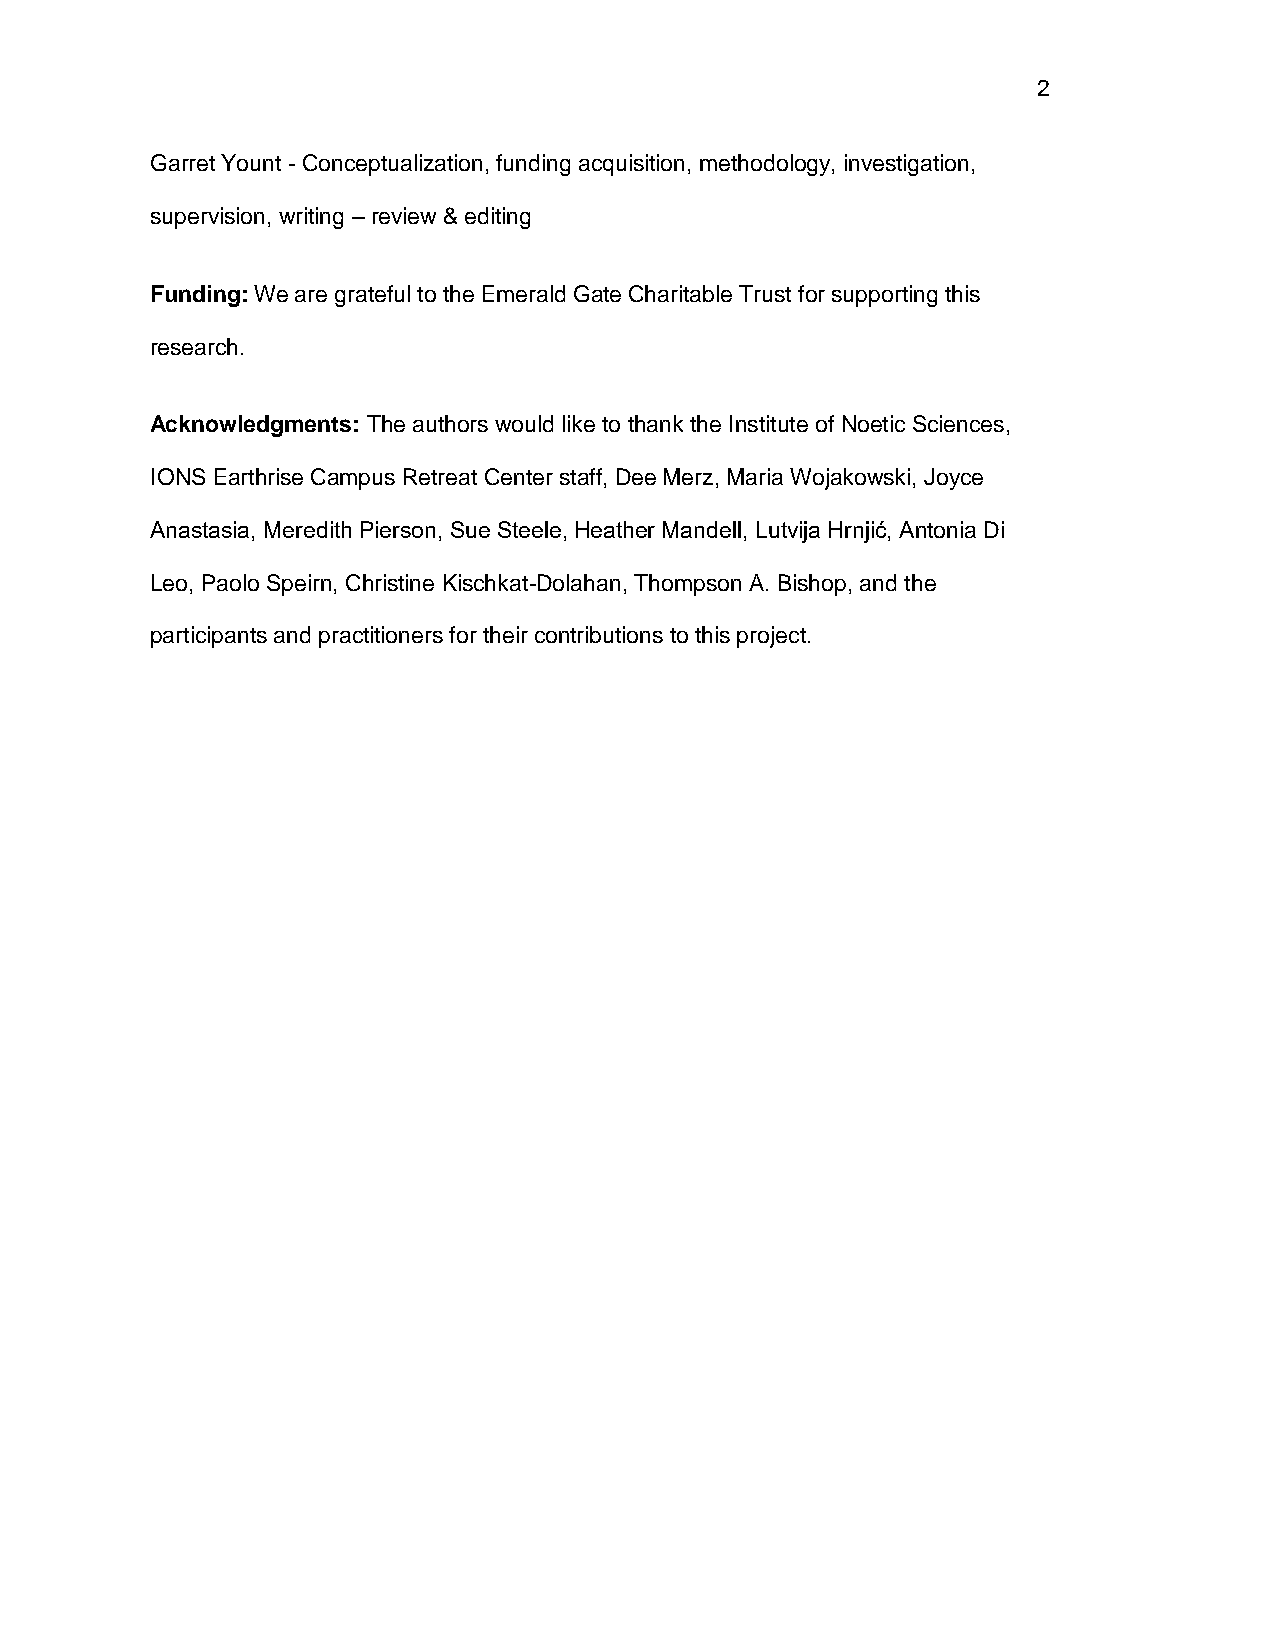
2
 Garret Yount - Conceptualization, funding acquisition, methodology, investigation,
 supervision, writing – review & editing
 Funding: We are grateful to the Emerald Gate Charitable Trust for supporting this
 research.
 Acknowledgments: The authors would like to thank the Institute of Noetic Sciences,
 IONS Earthrise Campus Retreat Center staff, Dee Merz, Maria Wojakowski, Joyce
 Anastasia, Meredith Pierson, Sue Steele, Heather Mandell, Lutvija Hrnjić, Antonia Di
 Leo, Paolo Speirn, Christine Kischkat-Dolahan, Thompson A. Bishop, and the
 participants and practitioners for their contributions to this project.